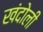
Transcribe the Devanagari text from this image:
खंदोली